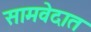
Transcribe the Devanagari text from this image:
सामवेदात